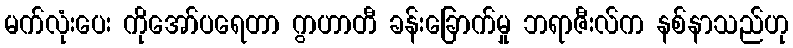
မက်လုံးပေး ကိုအော်ပရေတာ ဂွာဟာတီ ခန်းခြောက်မှု ဘရာဇီးလ်က နစ်နာသည်ဟု